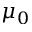
\mu _ { 0 }